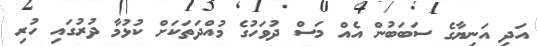
އަދި އަނިޔާގެ ސަބަބުން އެއް މަސް ދުވަހުގެ މުއްދަތަކަށް ކުޅުމާ ދުރުގައި ހުރި